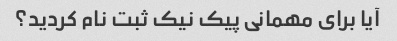
آیا برای مهمانی پیک نیک ثبت نام کردید؟